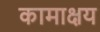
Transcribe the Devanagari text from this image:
कामाक्षय